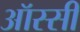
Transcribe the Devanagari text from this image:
ऑस्सी